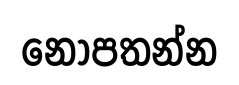
නොපතන්න